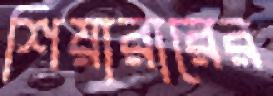
শিয়ারারের